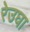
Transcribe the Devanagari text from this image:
रेउघा